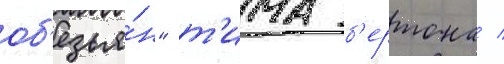
об'езья́н" т'има б'ертона /